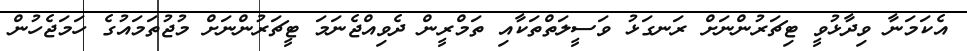
އެކަމަނާ ވިދާޅުވީ ޓިޗަރުންނަށް ރަނގަޅު ވަސީލަތްތަކާއި ތަމްރީން ދެވިއްޖެނަމަ ޓީޗަރުންނަށް މުޖުތަމައުގެ ހަމަޖެހުން